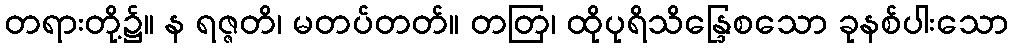
တရားတို့၌။ န ရဇ္ဇတိ၊ မတပ်တတ်။ တတြ၊ ထိုပုရိသိန္ဒြေစသော ခုနစ်ပါးသော